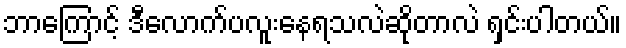
ဘာကြောင့် ဒီလောက်ပလူးနေရသလဲဆိုတာလဲ ရှင်းပါတယ်။